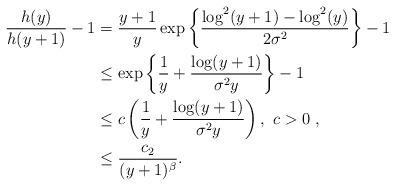
LaTeX: \begin{align*}\dfrac{h(y)}{h(y+1)}-1&=\dfrac{y+1}{y}\exp\left\{\dfrac{\log^2(y+1)-\log^2(y)}{2\sigma^2}\right\}-1\\&\le \exp\left\{\dfrac{1}{y}+\dfrac{\log(y+1)}{\sigma^2y}\right\}-1\\&\le c\left(\dfrac{1}{y}+\dfrac{\log(y+1)}{\sigma^2y}\right), \ c>0\ ,\\&\le \dfrac{c_2}{(y+1)^{\beta}}.\end{align*}